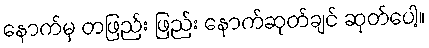
နောက်မှ တဖြည်း ဖြည်း နောက်ဆုတ်ချင် ဆုတ်ပေါ့။